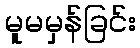
မူမမှန်ခြင်း